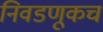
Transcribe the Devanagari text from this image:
निवडणूकच